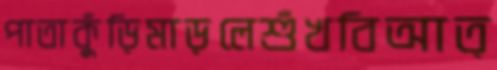
পাতাকুঁড়িমাড়লেশুঁখবিআত্